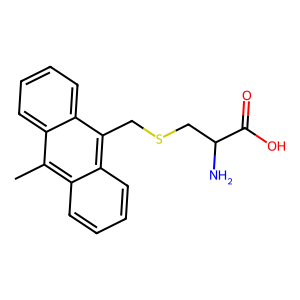
SMILES: Cc1c2ccccc2c(CSCC(N)C(=O)O)c2ccccc12
Inhibits HIV replication: No